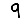
Digit: 9